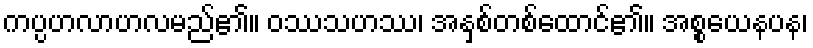
ကပ္ပဟလာဟလမည်၏။ ဝဿသဟဿ၊ အနှစ်တစ်ထောင်၏။ အစ္စယေနပန၊